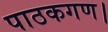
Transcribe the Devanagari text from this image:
पाठकगण।